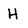
Character: H